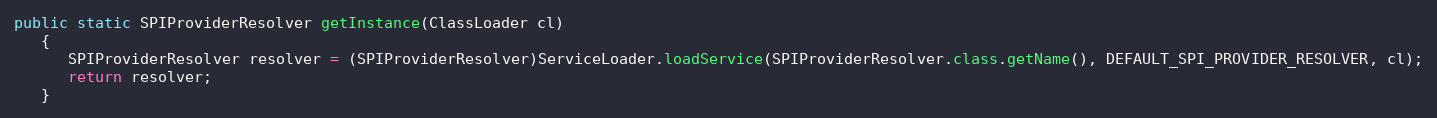
Language: Java
public static SPIProviderResolver getInstance(ClassLoader cl)
   {
      SPIProviderResolver resolver = (SPIProviderResolver)ServiceLoader.loadService(SPIProviderResolver.class.getName(), DEFAULT_SPI_PROVIDER_RESOLVER, cl);
      return resolver;
   }